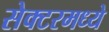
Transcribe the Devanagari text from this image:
सेक्टरमध्ये